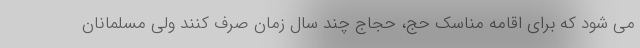
می شود که برای اقامه مناسک حج، حجاج چند سال زمان صرف کنند ولی مسلمانان